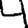
Digit: 4